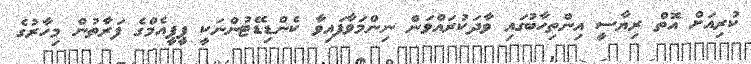
ކުރިއަށް އޮތް ރިޔާސީ އިންތިހާބުގައި ވާދަކުރައްވަން ނިންމަވާފައިވާ ކެންޑިޑޭޓުންނަކީ ޕީޕީއެމްގެ ފަރާތުން މިހާރުގެ